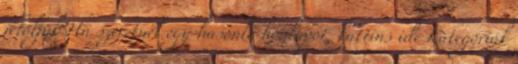
jelöljük Ha szeretnél egy hasonló honlapot, kattins ide Kategóriák